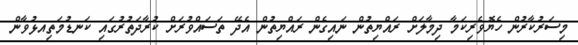
މިސަރުކާރުން ހެޔޮވެރިކަމާ ދިމާލަށް ރައްޔިތުން ނައިގެން ރައްޔިތުން އެދޭ ތަސައްވުރަށް ކުރާދަތުރުގައި ކަނޑުމަތިއޅުވާން